Lunatic asylums Punjab 1911-1921 - 1911-1921
Year: 1911
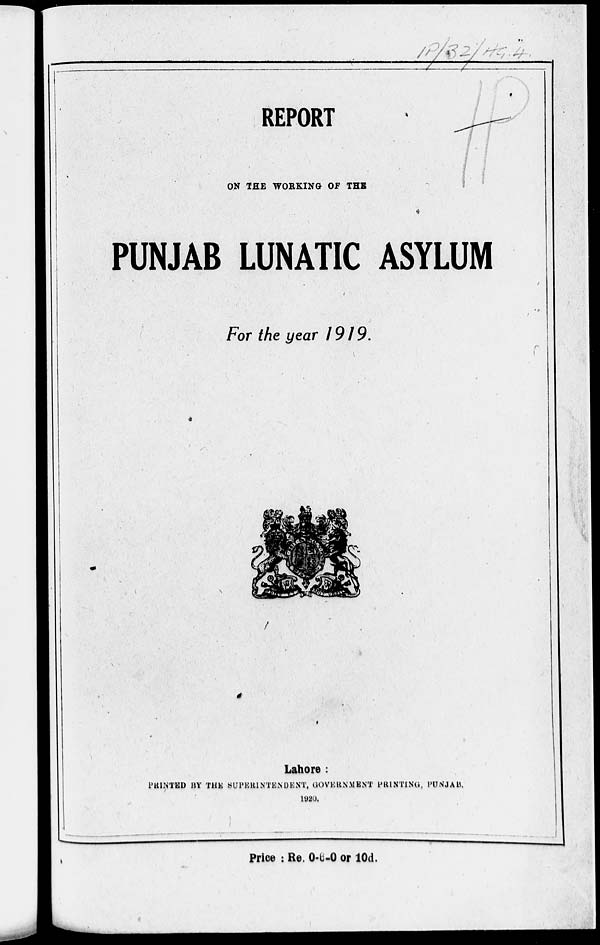
REPORT
ON THE WORKING OF THE
PUNJAB LUNATIC ASYLUM
For the year 1919.
Lahore :
PRINTED BY THE SUPERINTENDENT, GOVERNMENT PRINTING, PUNJAB.
1920.
Price : Re. 0-6-0 or 10d.